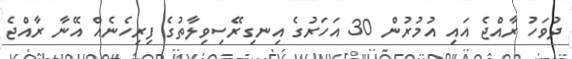
ދުވަހު ރާއްޖެ އައި އުމުރުން 30 އަހަރުގެ އިނގިރޭސިވިލާތުގެ ފިރިހެނެއް އޭނާ ރާއްޖެ